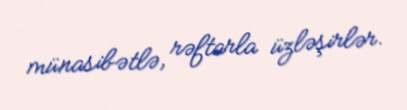
münasibətlə, rəftarla üzləşirlər.